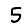
Digit: 5